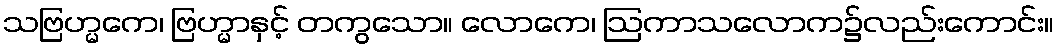
သဗြဟ္မကေ၊ ဗြဟ္မာနှင့် တကွသော။ လောကေ၊ ဩကာသလောက၌လည်းကောင်း။